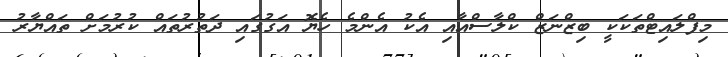
މިފްލައިޓްތަކަކީ ބިޒްނަޒް ކްލާސްއާއި އެކު އެންމެ ހެޔޮ އަގުގައި ދަތުރުތައް ކުރުމަށް ތައްޔާރު